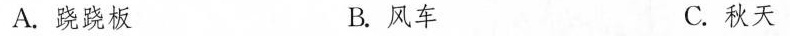
A.跷跷板 B. 风车 C.秋天